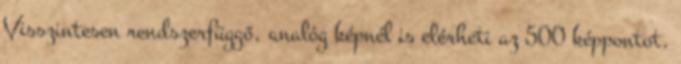
Visszintesen rendszerfüggő, analóg képnél is elérheti az 500 képpontot.